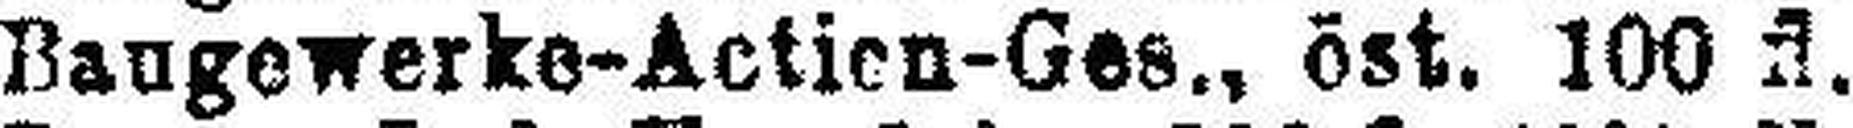
Baugewerke-Actien-Ges., öst. 100 fl.